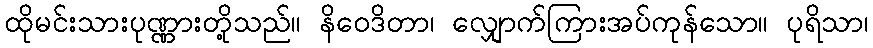
ထိုမင်းသားပုဏ္ဏားတို့သည်။ နိဝေဒိတာ၊ လျှောက်ကြားအပ်ကုန်သော။ ပုရိသာ၊